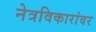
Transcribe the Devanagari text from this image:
नेत्रविकारांवर